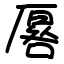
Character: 厬